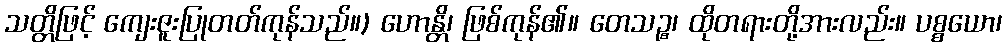
သတ္တိဖြင့် ကျေးဇူးပြုတတ်ကုန်သည်။) ဟောန္တိ၊ ဖြစ်ကုန်၏။ တေသဉ္စ၊ ထိုတရားတို့အားလည်း။ ပစ္စယော၊